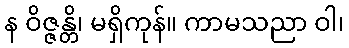
န ဝိဇ္ဇန္တိ၊ မရှိကုန်။ ကာမသညာ ဝါ၊